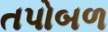
તપોબળ